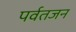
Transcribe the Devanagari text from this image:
पर्वतजन